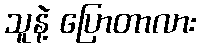
သူနဲ့ ပြောတာလား